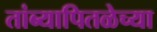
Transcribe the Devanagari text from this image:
तांब्यापितळेच्या